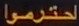
اختبروا